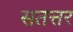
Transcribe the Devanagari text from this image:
सतत्तर